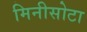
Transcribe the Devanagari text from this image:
मिनीसोटा